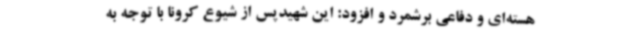
هسته‌ای و دفاعی برشمرد و افزود: این شهیدپس از شیوع کرونا با توجه به